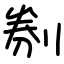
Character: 㓬